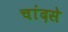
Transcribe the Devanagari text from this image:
चांदसे